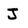
Character: J